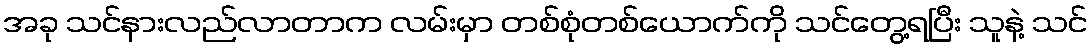
အခု သင်နားလည်လာတာက လမ်းမှာ တစ်စုံတစ်ယောက်ကို သင်တွေ့ရပြီး သူနဲ့ သင်